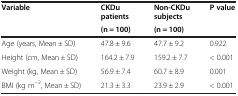
<table><thead><tr><td rowspan="2"><b>Variable</b></td><td><b>CKDu patients</b></td><td><b>Non-CKDu subjects</b></td><td rowspan="2"><b>P value</b></td></tr><tr><td><b>(n = 100)</b></td><td><b>(n = 100)</b></td></tr></thead><tbody><tr><td>Age (years, Mean ± SD)</td><td>47.8 ± 9.6</td><td>47.7 ± 9.2</td><td>0.922</td></tr><tr><td>Height (cm, Mean ± SD)</td><td>164.2 ± 7.9</td><td>159.2 ± 7.7</td><td>&lt; 0.001</td></tr><tr><td>Weight (kg, Mean ± SD)</td><td>56.9 ± 7.4</td><td>60.7 ± 8.9</td><td>0.001</td></tr><tr><td>BMI (kg m<sup>−2</sup>, Mean ± SD)</td><td>21.3 ± 3.3</td><td>23.9 ± 2.9</td><td>&lt; 0.001</td></tr></tbody></table>